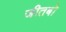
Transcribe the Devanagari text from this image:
जीतबो